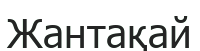
Жантақай